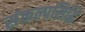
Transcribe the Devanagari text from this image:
संकल्पसिद्धि